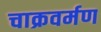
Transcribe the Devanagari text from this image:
चाक्रवर्मण